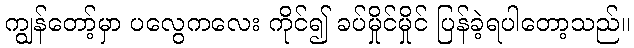
ကျွန်တော့်မှာ ပလွေကလေး ကိုင်၍ ခပ်မှိုင်မှိုင် ပြန်ခဲ့ရပါတော့သည်။